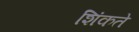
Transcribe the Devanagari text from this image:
शिंकते